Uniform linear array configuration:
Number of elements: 4
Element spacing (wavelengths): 0.25
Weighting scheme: binomial
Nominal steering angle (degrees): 45
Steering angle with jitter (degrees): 43.367
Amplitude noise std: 0.05
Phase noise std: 0.05

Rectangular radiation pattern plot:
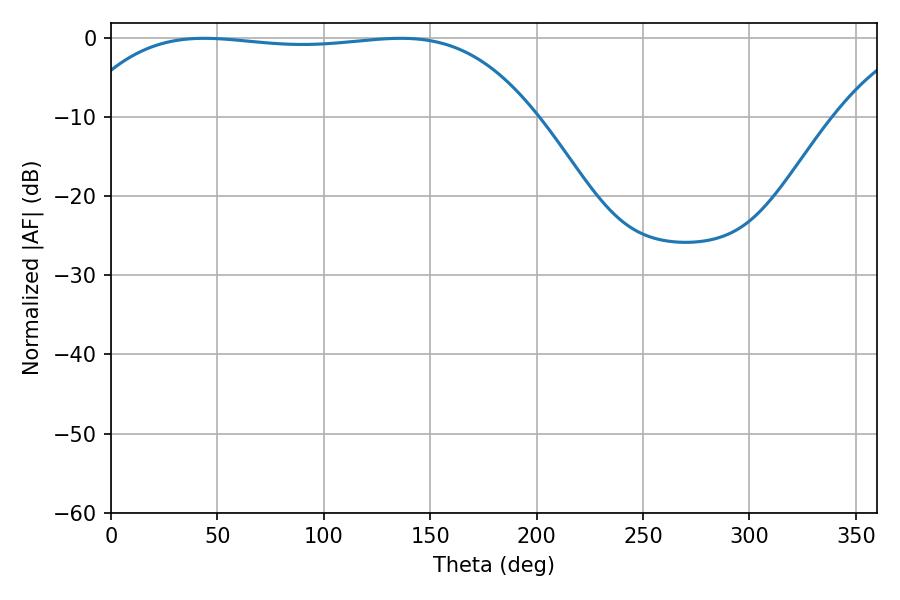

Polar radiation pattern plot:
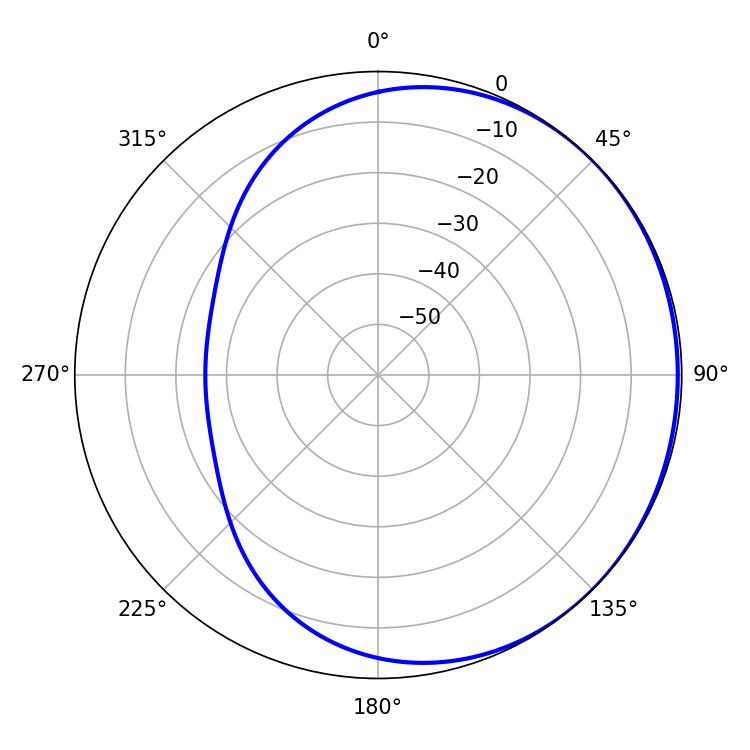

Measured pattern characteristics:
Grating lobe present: FALSE
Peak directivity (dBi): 0.576
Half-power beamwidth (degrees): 169.2
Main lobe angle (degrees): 43.74